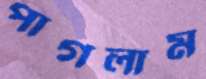
পাগলাম